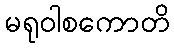
မရုဝါစကောတိ